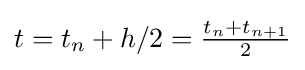
t=t_{n}+h/2={\tfrac {t_{n}+t_{n+1}}{2}}